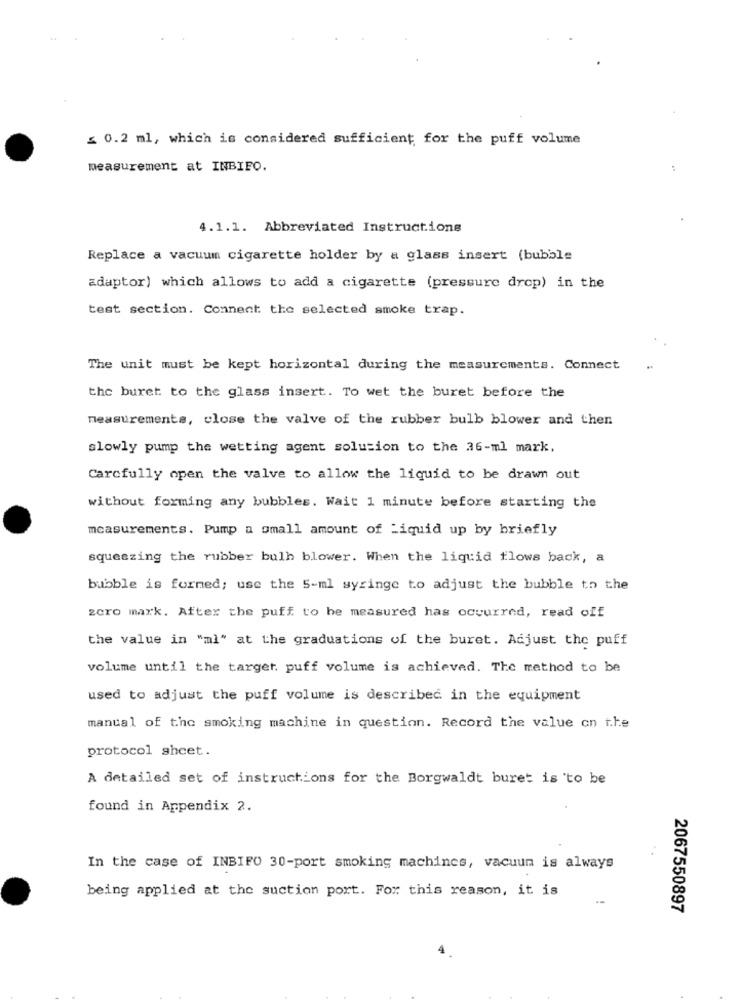
≤ 0.2 ml, which is considered sufficient for the puff volume
measurement at INBIFO.
4.1.1. Abbreviated Instructions
Replace a vacuum cigarette holder by a glass insert (bubble
adaptor) which allows to add a cigarette (pressure drop) in the
test section. Connect the selected smoke trap.
The unit must be kept horizontal during the measurements. Connect
the buret to the glass insert. To wet the buret before the
measurements, close the valve of the rubber bulb blower and then
slowly pump the wetting agent solution to the 36-ml mark.
Carcfully open the valve to allow the liquid to be drawn out
without forming any bubbles. Wait 1 minute before starting the
measurements. Pump a small amount of Liquid up by briefly
squeezing the rubber bulh blower. When the liquid flows back, a
bubble is formed; use the 5-ml syringe to adjust the bubble to the
zero mark. After the puff to be measured has occurred, read off
the value in "ml" at the graduations of the buret. Adjust the puff
volume until the target. puff volume is achieved. The method to be
used to adjust the puff volume is described in the equipment
manual of the smoking machine in question. Record the value on the
protocol sheet.
A detailed set of instructions for the Borgwaldt buret is to be
found in Appendix 2.
..
In the case of INBIFO 30-port smoking machines, vacuum is always
being applied at the suction port. For this reason, it is
2067550897